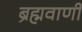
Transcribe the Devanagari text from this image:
ब्रह्मवाणी